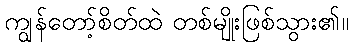
ကျွန်တော့်စိတ်ထဲ တစ်မျိုးဖြစ်သွား၏။